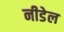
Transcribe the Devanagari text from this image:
नीडेल